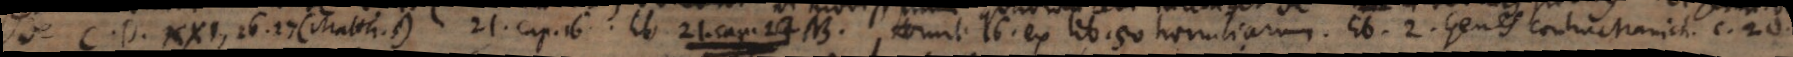
de C. D. XXI, 26. 27. (Matth. 5.) 21. cap. 16. l i b. 2 1, c a p. 27. NB. Homil. 16. ex lib. 50. homiliarum. Lib. 2. Genes. contra Manich. c. 20.